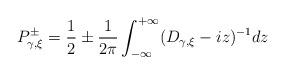
LaTeX: \begin{align*} P_{\gamma,\xi}^\pm=\frac{1}{2}\pm\frac{1}{2\pi}\int_{-\infty}^{+\infty}(D_{\gamma,\xi}-iz)^{-1}dz\end{align*}